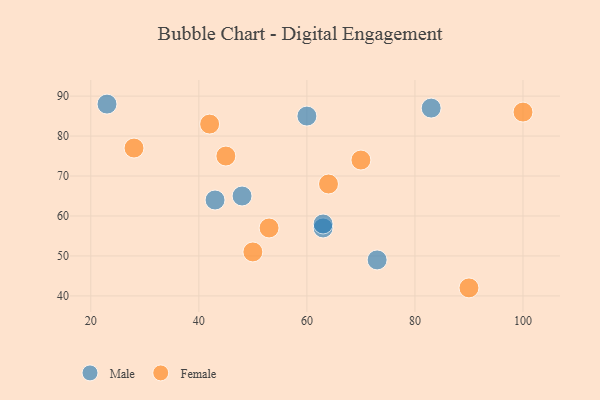
{"axis": {"x": "GDP", "y": "Life Expectancy"}, "legend": ["Female", "Male"], "data": [{"x": "48", "y": 65, "type": "Male"}, {"x": "63", "y": 57, "type": "Male"}, {"x": "73", "y": 49, "type": "Male"}, {"x": "23", "y": 88, "type": "Male"}, {"x": "60", "y": 85, "type": "Male"}, {"x": "43", "y": 64, "type": "Male"}, {"x": "63", "y": 58, "type": "Male"}, {"x": "83", "y": 87, "type": "Male"}, {"x": "50", "y": 51, "type": "Female"}, {"x": "64", "y": 68, "type": "Female"}, {"x": "53", "y": 57, "type": "Female"}, {"x": "45", "y": 75, "type": "Female"}, {"x": "28", "y": 77, "type": "Female"}, {"x": "42", "y": 83, "type": "Female"}, {"x": "100", "y": 86, "type": "Female"}, {"x": "90", "y": 42, "type": "Female"}, {"x": "70", "y": 74, "type": "Female"}]}